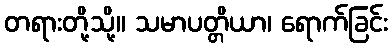
တရားတို့သို့။ သမာပတ္တိယာ၊ ရောက်ခြင်း